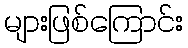
များဖြစ်ကြောင်း